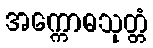
အက္ကောဓသုတ္တံ